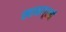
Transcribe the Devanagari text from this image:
खानापूरची